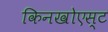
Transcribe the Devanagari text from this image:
किनखोएस्ट